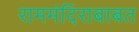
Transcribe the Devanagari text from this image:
राममंदिराबाबत